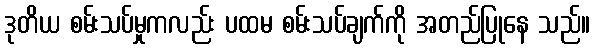
ဒုတိယ စမ်းသပ်မှုကလည်း ပထမ စမ်းသပ်ချက်ကို အတည်ပြုနေ သည်။